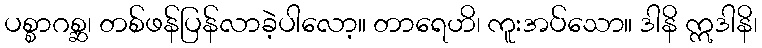
ပစ္စာဂစ္ဆ၊ တစ်ဖန်ပြန်လာခဲ့ပါလော့။ တာရေဟိ၊ ကူးအပ်သော။ ဒါနိ ဣဒါနိ၊